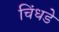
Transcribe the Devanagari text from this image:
चिंधडे